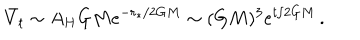
LaTeX: \bar { V } _ { t } \sim A _ { H } G M e ^ { - r _ { * } / 2 G M } \sim ( G M ) ^ { 3 } e ^ { t / 2 G M } \, .